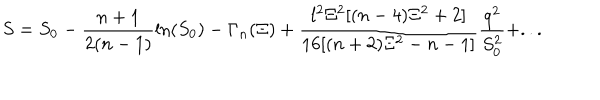
LaTeX: S = S _ { 0 } - \frac { n + 1 } { 2 ( n - 1 ) } \ln ( S _ { 0 } ) - \Gamma _ { n } ( \Xi ) + \frac { l ^ { 2 } \Xi ^ { 2 } [ ( n - 4 ) \Xi ^ { 2 } + 2 ] } { 1 6 [ ( n + 2 ) \Xi ^ { 2 } - n - 1 ] } \frac { q ^ { 2 } } { S _ { 0 } ^ { 2 } } + . . .